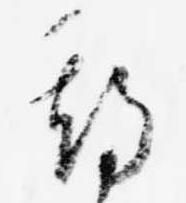
期